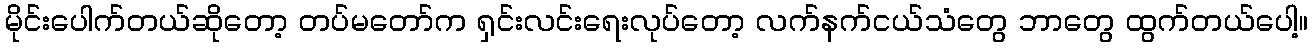
မိုင်းပေါက်တယ်ဆိုတော့ တပ်မတော်က ရှင်းလင်းရေးလုပ်တော့ လက်နက်ငယ်သံတွေ ဘာတွေ ထွက်တယ်ပေါ့။